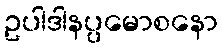
ဥပါဒါနပ္ပမောစနော